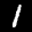
Label: 1